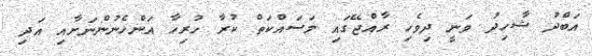
އަބްދު ޝާހިދު ވަނީ ދިވެހި ރާއްޖޭގައި މަސައްކަތް ކުރާ ހުރިހާ އަންހެނުންނަށާއި އަދި